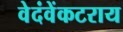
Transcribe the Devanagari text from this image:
वेदंवेंकटराय